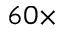
6 0 \times